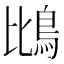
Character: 𫚰